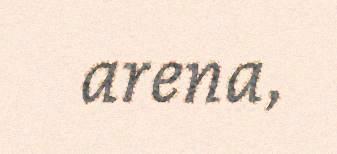
arena,